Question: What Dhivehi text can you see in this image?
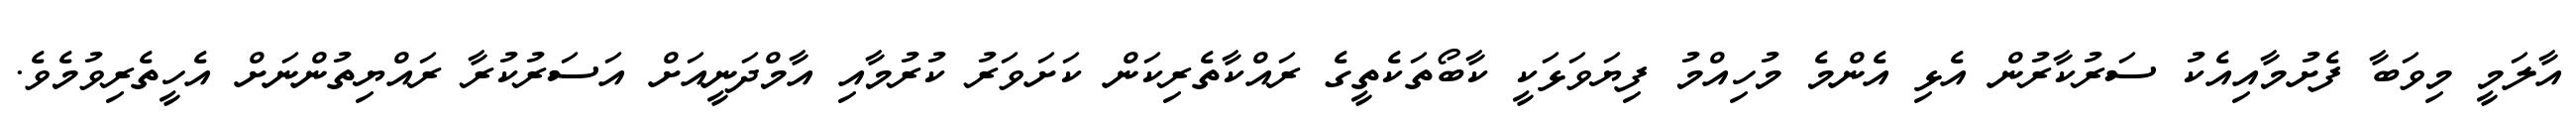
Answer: އާލަމީ މިވަބާ ފެށުމާއިއެކު ސަރުކާރުން އެޅި އެންމެ މުހިއްމު ފިޔަވަޅަކީ ކާބޯތަކެތީގެ ރައްކާތެރިކަން ކަށަވަރު ކުރުމާއި އާމްދަނީއަށް އަސަރުކުރާ ރައްޔިތުންނަށް އެހީތެރިވުމެވެ.